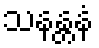
သနန္တနံ